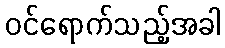
ဝင်ရောက်သည့်အခါ